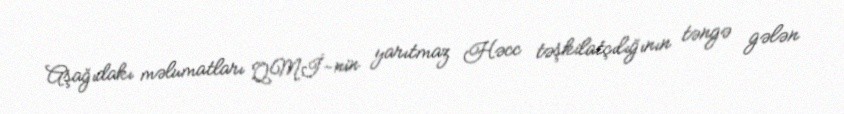
Aşağıdakı məlumatları QMİ-nin yarıtmaz Həcc təşkilatçılığının təngə gələn